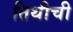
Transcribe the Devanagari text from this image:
तिथीची